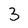
Character: 3